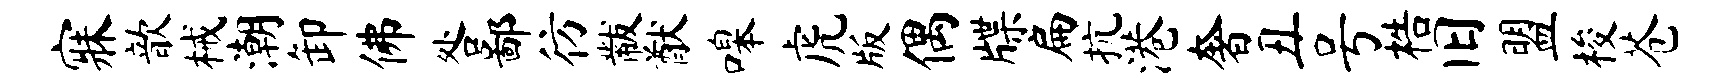
寐歆械潮卸佛咎鄙彷黻猷嗥虎版偶牒扁抗港奢丑号梏旧盟梭苍